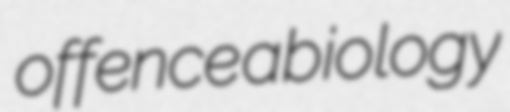
offence abiology